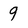
Character: 9